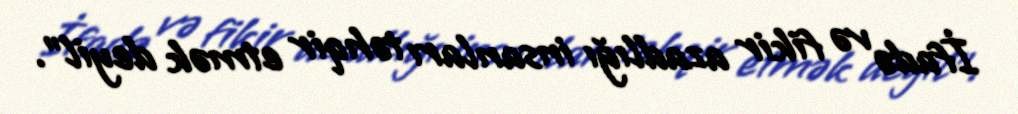
İfadə və fikir azadlığı insanları təhqir etmək deyil”.